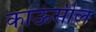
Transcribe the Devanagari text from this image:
काऊंसील